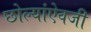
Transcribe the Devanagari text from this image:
छोल्यांऐवजी